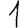
Digit: 1